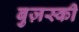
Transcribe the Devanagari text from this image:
बुज़स्की